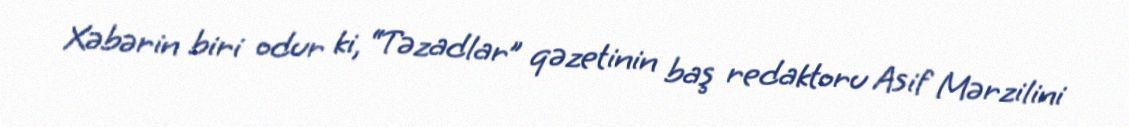
Xəbərin biri odur ki, “Təzadlar” qəzetinin baş redaktoru Asif Mərzilini